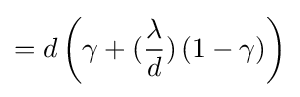
=d\left(\gamma +({\dfrac {\lambda }{d}})\left(1-\gamma \right)\right)